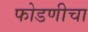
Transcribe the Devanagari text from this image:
फोडणीचा